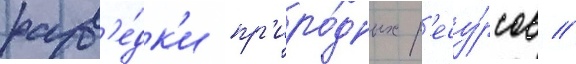
разв'е́дк'и пр'иро́дных р'есу́рсов //